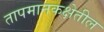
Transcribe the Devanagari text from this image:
तापमानकक्षेतील